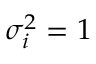
\sigma _ { i } ^ { 2 } = 1